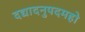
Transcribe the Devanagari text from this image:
दद्यादनुपदमहो